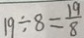
1 9 \div 8 = \frac { 1 9 } { 8 }